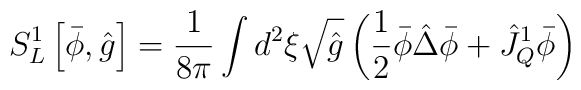
{S_L^{1}}\left[\bar{\phi},\hat{g}\right]={1\over{8\pi}}\int{d^2}\xi\sqrt{\hat{g}}\left({1\over{2}}\bar{\phi}\hat{\Delta}\bar{\phi}+{\hat{J}_Q^1}\bar{\phi}\right)